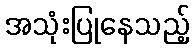
အသုံးပြုနေသည့်